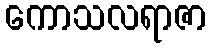
ကောသလရာဇာ